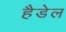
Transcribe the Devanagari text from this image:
हैडेल